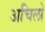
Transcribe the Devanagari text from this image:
अचिलो